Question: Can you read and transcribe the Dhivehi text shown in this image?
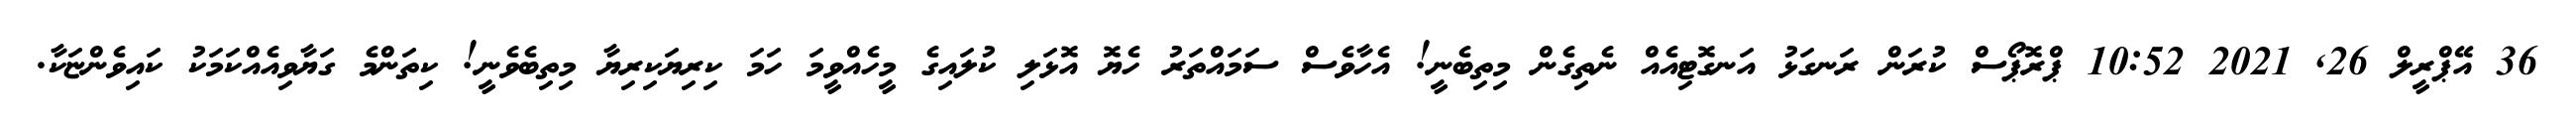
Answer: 36 އޭޕްރީލް 26, 2021 10:52 ޕްރޮޕޯސް ކުރަން ރަނގަޅު އަނގޮޓިއެއް ނެތިގެން މިތިބެނީ! އެހާވެސް ސަމައްތަރު ހެޔޮ އޮޅަލި ކުލައިގެ މީހެއްވީމަ ހަމަ ކިރިޔަކިރިޔާ މިތިބެވެނީ! ކިތަންމެ ގަޔާވިއެއްކަމަކު ކައިވެންޏަކާ.